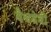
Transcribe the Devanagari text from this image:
वैश्वदेवी